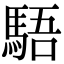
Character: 䮏